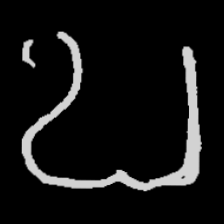
Pyu character \u2014 Myanmar letter: ဎ (romanized: ddha)